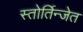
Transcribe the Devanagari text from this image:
स्तोर्तिन्जेत